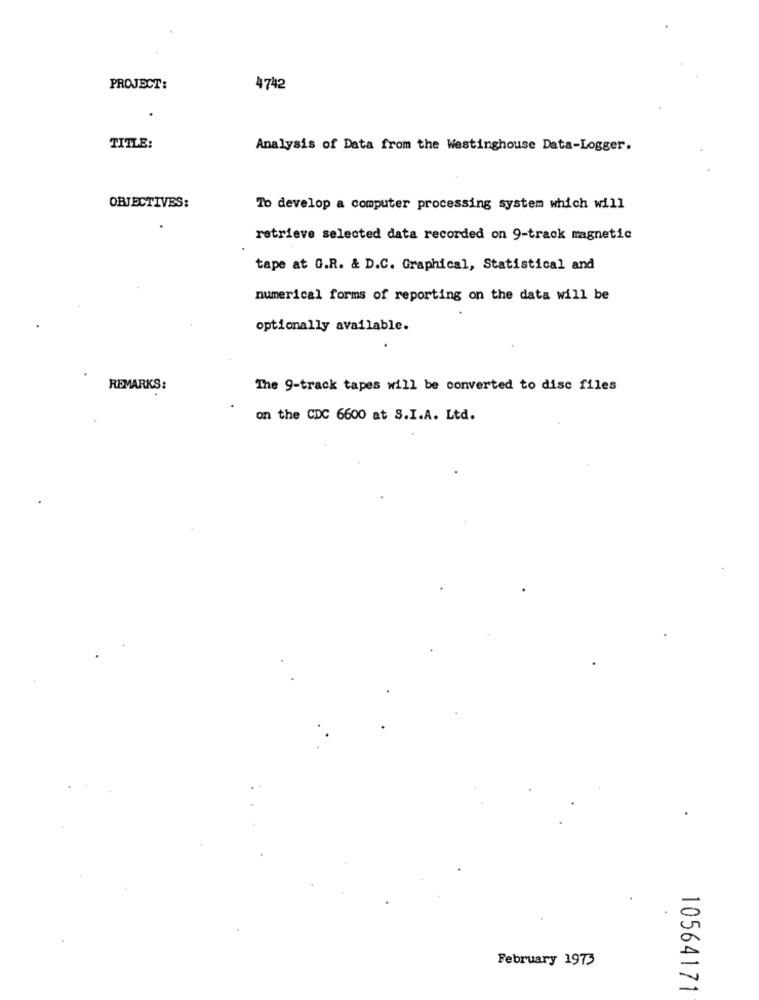
PROJECT:
4742
TITLE:
Analysis of Data from the Westinghouse Data-Logger.
OBJECTIVES:
To develop a computer processing system which will
retrieve selected data recorded on 9-track magnetic
tape at G.R. & D.C. Graphical, Statistical and
numerical forms of reporting on the data will be
optionally available.
REMARKS:
The 9-track tapes will be converted to disc files
on the CDC 6600 at S.I.A. Ltd.
February 1973
10564171